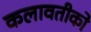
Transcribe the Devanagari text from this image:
कलावतीको